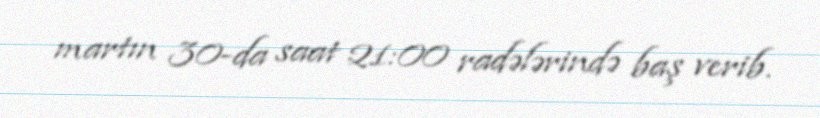
martın 30-da saat 21:00 radələrində baş verib.